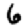
Digit: 6